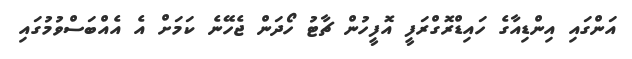
އަންގައި އިންޑިއާގެ ހައިޑްރޮގްރަފީ އޮފީހުން ޗާޓު ހޯދަން ޖެހޭނެ ކަމަށް އެ އެއްބަސްވުމުގައި